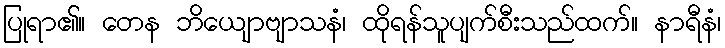
ပြုရာ၏။ တေန ဘိယျောဗျာသနံ၊ ထိုရန်သူပျက်စီးသည်ထက်။ နာရီနံ၊